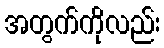
အတွက်ကိုလည်း